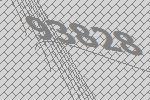
93828